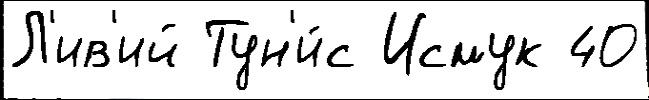
Л'ив'ий Тун'и́с Исмук 40